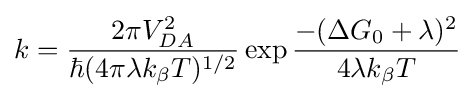
k={\frac {2\pi V_{DA}^{2}}{\hbar (4\pi \lambda k_{\beta }T)^{1/2}}}\exp {\frac {-(\Delta G_{0}+\lambda )^{2}}{4\lambda k_{\beta }T}}